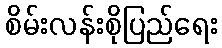
စိမ်းလန်းစိုပြည်ရေး